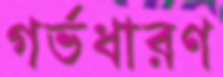
গর্ভধারণ